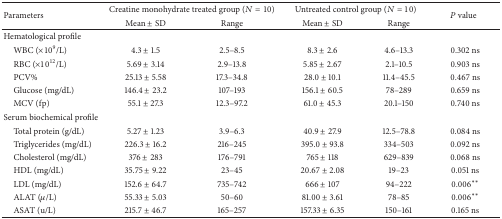
<table><thead><tr><td rowspan="2"><b>Parameters</b></td><td colspan="2"><b>Creatine monohydrate treated group (<i>N</i> = 10)</b></td><td colspan="2"><b>Untreated control group (<i>N</i> = 10)</b></td><td rowspan="2"><b><i>P</i> value</b></td></tr><tr><td><b>Mean ± SD</b></td><td><b>Range</b></td><td><b>Mean ± SD</b></td><td><b>Range</b></td></tr></thead><tbody><tr><td>Hematological profile</td><td> </td><td> </td><td> </td><td> </td><td> </td></tr><tr><td> WBC (×10<sup>9</sup>/L)</td><td>4.3 ± 1.5</td><td>2.5–8.5</td><td>8.3 ± 2.6</td><td>4.6–13.3</td><td>0.302 ns</td></tr><tr><td> RBC (×10<sup>12</sup>/L)</td><td>5.69 ± 3.14</td><td>2.9–13.8</td><td>5.85 ± 2.67</td><td>2.1–10.5</td><td>0.903 ns</td></tr><tr><td> PCV%</td><td>25.13 ± 5.58</td><td>17.3–34.8</td><td>28.0 ± 10.1</td><td>11.4–45.5</td><td>0.467 ns</td></tr><tr><td> Glucose (mg/dL)</td><td>146.4 ± 23.2</td><td>107–193</td><td>156.1 ± 60.5</td><td>78–289</td><td>0.659 ns</td></tr><tr><td> MCV (fp)</td><td>55.1 ± 27.3</td><td>12.3–97.2</td><td>61.0 ± 45.3</td><td>20.1–150</td><td>0.740 ns</td></tr><tr><td>Serum biochemical profile</td><td> </td><td> </td><td> </td><td> </td><td> </td></tr><tr><td> Total protein (g/dL)</td><td>5.27 ± 1.23</td><td>3.9–6.3</td><td>40.9 ± 27.9</td><td>12.5–78.8</td><td>0.084 ns</td></tr><tr><td> Triglycerides (mg/dL)</td><td>226.3 ± 16.2</td><td>216–245</td><td>395.0 ± 93.8</td><td>334–503</td><td>0.092 ns</td></tr><tr><td> Cholesterol (mg/dL)</td><td>376 ± 283</td><td>176–791</td><td>765 ± 118</td><td>629–839</td><td>0.068 ns</td></tr><tr><td> HDL (mg/dL)</td><td>35.75 ± 9.22</td><td>23–45</td><td>20.67 ± 2.08</td><td>19–23</td><td>0.051 ns</td></tr><tr><td> LDL (mg/dL)</td><td>152.6 ± 64.7</td><td>735–742</td><td>666 ± 107</td><td>94–222</td><td>0.006**</td></tr><tr><td> ALAT (<i>μ</i>/L)</td><td>55.33 ± 5.03</td><td>50–60</td><td>81.00 ± 3.61</td><td>78–85</td><td>0.006**</td></tr><tr><td> ASAT (u/L)</td><td>215.7 ± 46.7</td><td>165–257</td><td>157.33 ± 6.35</td><td>150–161</td><td>0.165 ns</td></tr></tbody></table>